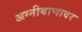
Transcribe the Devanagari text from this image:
अग्नीबाणावर